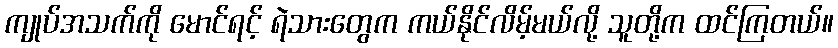
ကျုပ်အသက်ကို မောင်ရင့် ရဲသားတွေက ကယ်နိုင်လိမ့်မယ်လို့ သူတို့က ထင်ကြတယ်။